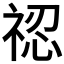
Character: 𥚆